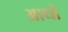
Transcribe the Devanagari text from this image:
आथो